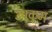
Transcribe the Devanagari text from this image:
उपकम